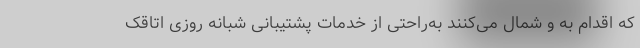
که اقدام به و شمال می‌کنند به‌راحتی از خدمات پشتیبانی شبانه روزی اتاقک